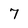
Character: 7